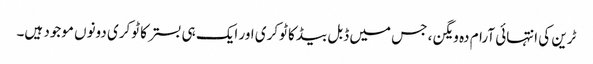
ٹرین کی انتہائی آرام دہ ویگن ، جس میں ڈبل بیڈ کا ٹوکری اور ایک ہی بستر کا ٹوکری دونوں موجود ہیں۔